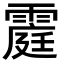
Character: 𮦥